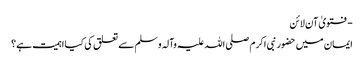
- فتویٰ آن لائن
ایمان میں حضور نبی اکرم صلی اللہ علیہ وآلہ وسلم سے تعلق کی کیا اہمیت ہے؟